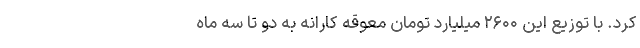
کرد. با توزیع این ۲۶۰۰ میلیارد تومان معوقه کارانه به دو تا سه ماه